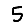
Digit: 5